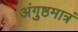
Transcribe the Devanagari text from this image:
अंगुष्ठमात्रं